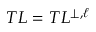
T L = T L ^ { \perp , \ell }